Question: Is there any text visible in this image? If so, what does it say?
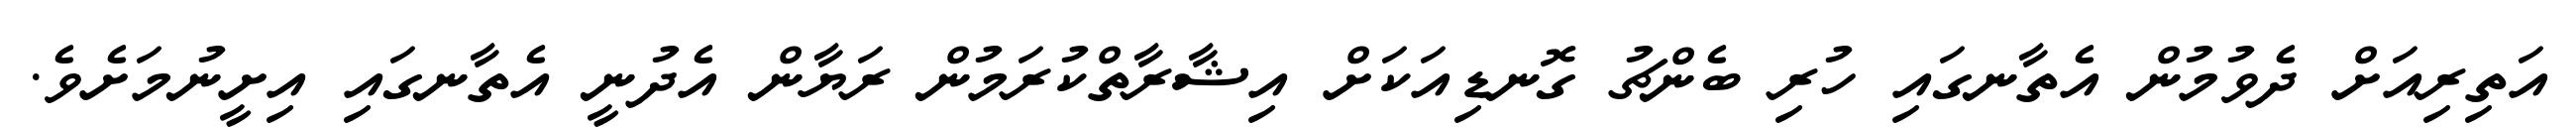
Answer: އަތިރިއަށް ދެވުމުން އެތާނގައި ހުރި ބެންޗު ގޮނޑިއަކަށް އިޝާރާތްކުރަމުން ރަޔާން އެދުނީ އެތާނގައި އިށީނުމަށެވެ.